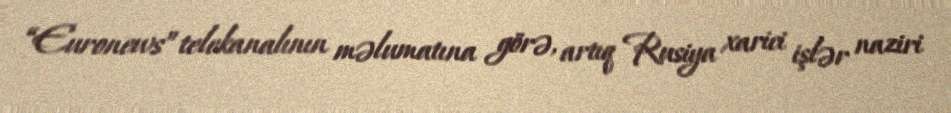
“Euronews” telekanalının məlumatına görə, artıq Rusiya xarici işlər naziri